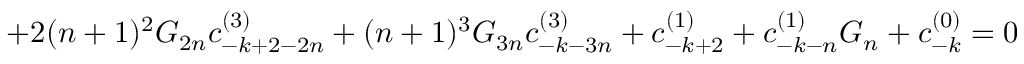
+ 2 ( n + 1 ) ^ { 2 } G _ { 2 n } c _ { - k + 2 - 2 n } ^ { ( 3 ) } + ( n + 1 ) ^ { 3 } G _ { 3 n } c _ { - k - 3 n } ^ { ( 3 ) } + c _ { - k + 2 } ^ { ( 1 ) } + c _ { - k - n } ^ { ( 1 ) } G _ { n } + c _ { - k } ^ { ( 0 ) } = 0